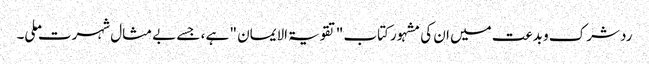
رد شرک و بدعت میں ان کی مشہور کتاب "تقویۃ الایمان " ہے ، جسے بے مثال شہرت ملی۔